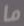
ما